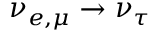
\nu _ { e , \mu } \rightarrow \nu _ { \tau }